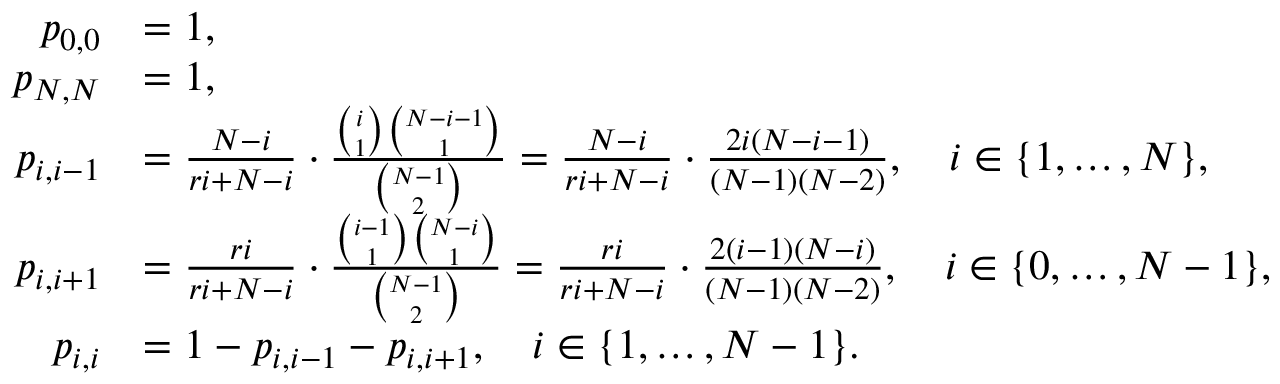
\begin{array} { r l } { p _ { 0 , 0 } } & { = 1 , } \\ { p _ { N , N } } & { = 1 , } \\ { p _ { i , i - 1 } } & { = \frac { N - i } { r i + N - i } \cdot \frac { \binom { i } { 1 } \binom { N - i - 1 } { 1 } } { \binom { N - 1 } { 2 } } = \frac { N - i } { r i + N - i } \cdot \frac { 2 i ( N - i - 1 ) } { ( N - 1 ) ( N - 2 ) } , \quad i \in \{ 1 , \ldots , N \} , } \\ { p _ { i , i + 1 } } & { = \frac { r i } { r i + N - i } \cdot \frac { \binom { i - 1 } { 1 } \binom { N - i } { 1 } } { \binom { N - 1 } { 2 } } = \frac { r i } { r i + N - i } \cdot \frac { 2 ( i - 1 ) ( N - i ) } { ( N - 1 ) ( N - 2 ) } , \quad i \in \{ 0 , \ldots , N - 1 \} , } \\ { p _ { i , i } } & { = 1 - p _ { i , i - 1 } - p _ { i , i + 1 } , \quad i \in \{ 1 , \ldots , N - 1 \} . } \end{array}